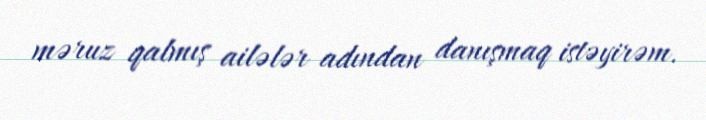
məruz qalmış ailələr adından danışmaq istəyirəm.